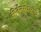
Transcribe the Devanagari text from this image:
कीर्तनस्थळाचे